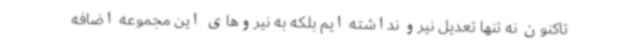
تاکنون نه تنها تعدیل نیرو نداشته ایم بلکه به نیروهای این مجموعه اضافه